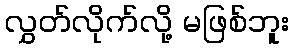
လွှတ်လိုက်လို့ မဖြစ်ဘူး